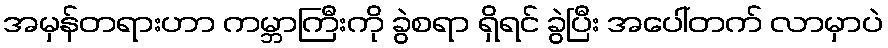
အမှန်တရားဟာ ကမ္ဘာကြီးကို ခွဲစရာ ရှိရင် ခွဲပြီး အပေါ်တက် လာမှာပဲ